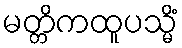
မတ္တိကထူပသ္မိံ